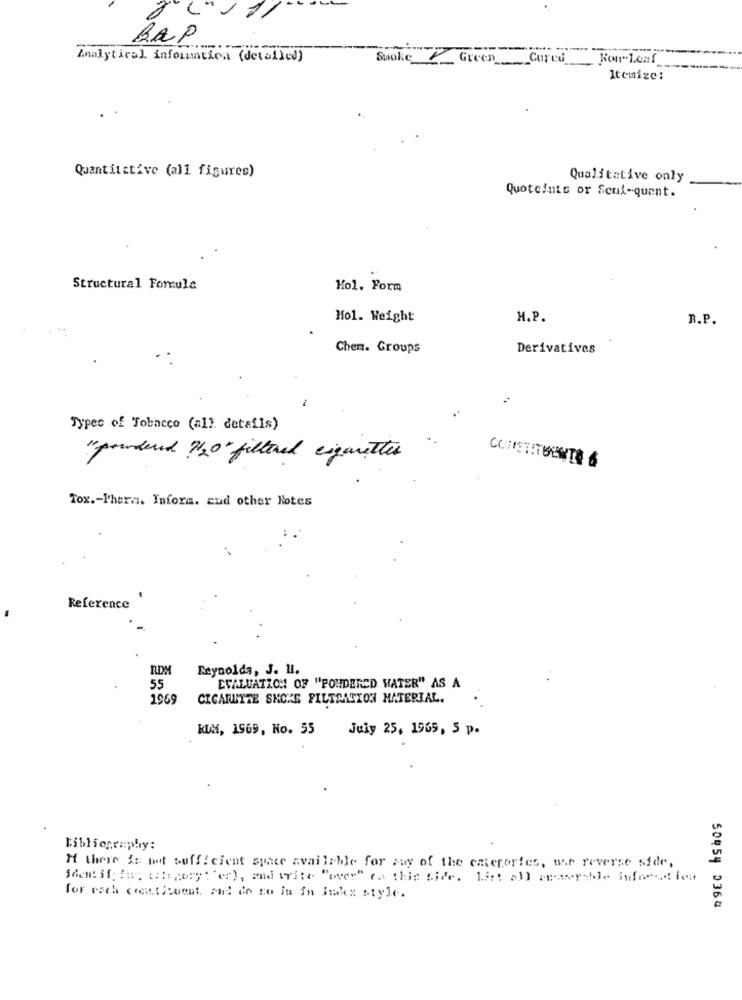
BAP
-
Analytical information (detalled)
Suoke __ Green ____ Cured
Itemize:
Quantitative (all figures)
Qualitative only
Quoteints or Seul-quant.
Structural Formula
Hol. Form
Mol. Weight
M.P.
R.P.
Chen. Groups
Derivatives
Types of Tobacco (all. details)
" powdered ?/20" filtered cigarettes
CONSTITUENTS &
Tox .- Phern. Infora. cud other Notes
Reference
RDM
Reynolds, J. 11.
55
EVALUATION OF "POHDERED HATER" AS A
1969
CIGARETTE SNOKE FILTRATION MATERIAL.
KUX, 1969, No. 55
July 25, 1969, 5 p.
Bibliography:
H there is not sufficient space available for say of the categories, the reverse side,
for each constituent, and in to in in imex style.
50454 0364